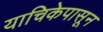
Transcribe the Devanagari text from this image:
याचिकेपासून